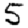
Digit: 5